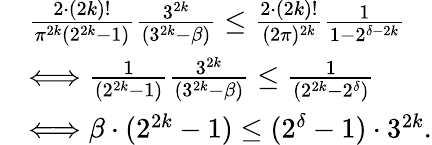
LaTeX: \begin{array}{rl}&{\frac{2\cdot(2k)!}{\pi^{2k}(2^{2k}-1)}\frac{3^{2k}}{(3^{2k}-\beta)}\leq\frac{2\cdot(2k)!}{(2\pi)^{2k}}\frac{1}{1-2^{\delta-2k}}}\\ &{\Longleftrightarrow\frac{1}{(2^{2k}-1)}\frac{3^{2k}}{(3^{2k}-\beta)}\leq\frac{1}{(2^{2k}-2^{\delta})}}\\ &{\Longleftrightarrow\beta\cdot(2^{2k}-1)\leq(2^{\delta}-1)\cdot 3^{2k}.}\end{array}